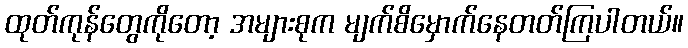
ထုတ်ကုန်တွေကိုတော့ အများစုက မျက်စိမှောက်နေတတ်ကြပါတယ်။